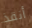
أنقذ